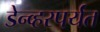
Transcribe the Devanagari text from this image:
डेन्व्हरपर्यंत